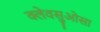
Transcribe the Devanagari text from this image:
क्लेवसुओसा